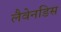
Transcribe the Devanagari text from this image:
लैवेनडिस